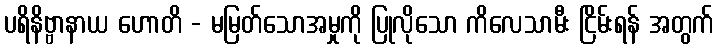
ပရိနိဗ္ဗာနာယ ဟောတိ - မမြတ်သောအမှုကို ပြုလိုသော ကိလေသာမီး ငြိမ်းရန် အတွက်